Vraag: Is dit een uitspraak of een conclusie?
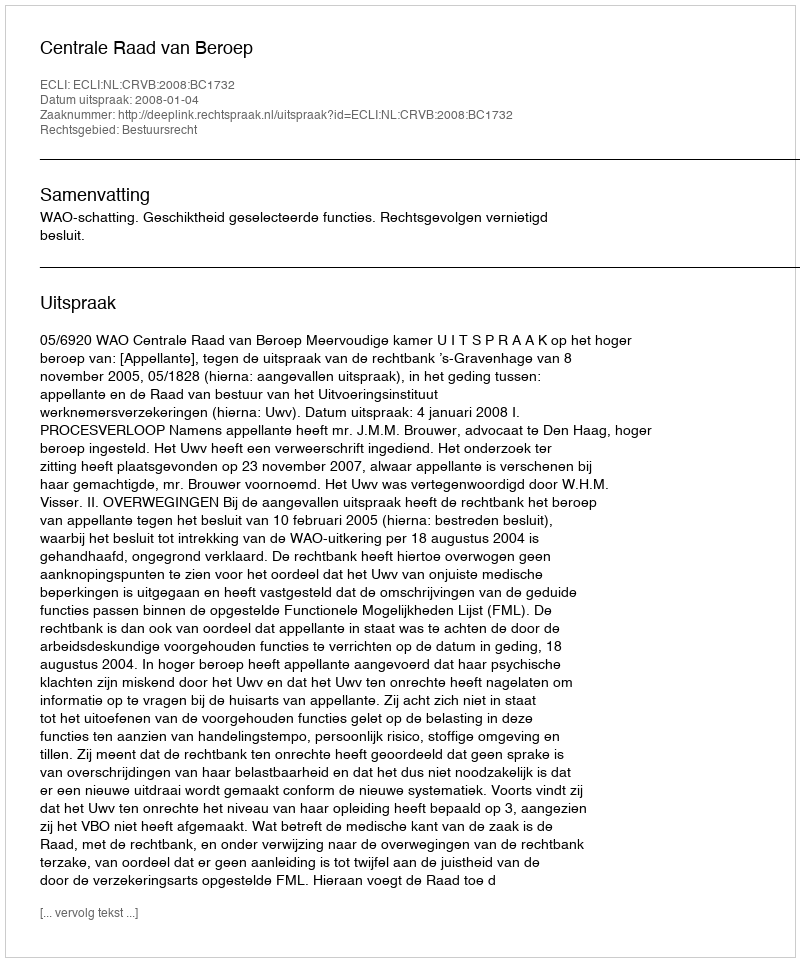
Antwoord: Uitspraak